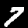
Digit: 7